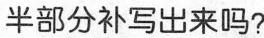
半部分补写出来吗?